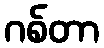
ဂစ်တာ